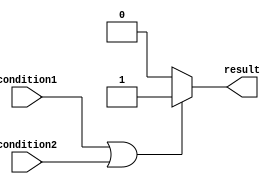
module if_else_example (
    input wire condition1,
    input wire condition2,
    output reg result
);

always @(*) begin
    if (condition1 || condition2) begin
        // Execute this block if condition1 OR condition2 is true
        result <= 1'b1;
    end else begin
        // Execute this block if neither condition1 nor condition2 is true
        result <= 1'b0;
    end
end

endmodule